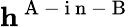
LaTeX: \textbf{h}^{\mathrm{~A~-~i~n~-~B~}}